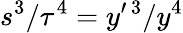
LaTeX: s^{3}/\tau^{4}=y^{\prime\, 3}/y^{4}